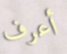
أعرف